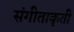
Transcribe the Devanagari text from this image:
संगीताकृती